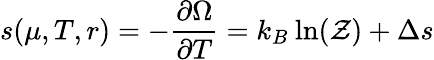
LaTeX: s(\mu,T,r)=-\frac{\partial\Omega}{\partial T}=k_{B}\: \textrm{ln}(\mathcal{Z})+\Delta s